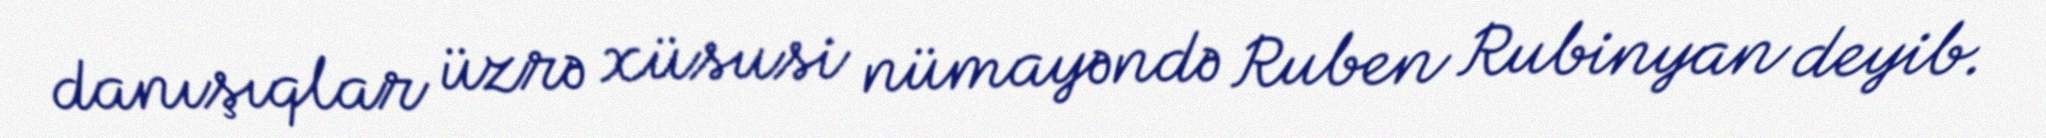
danışıqlar üzrə xüsusi nümayəndə Ruben Rubinyan deyib.